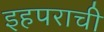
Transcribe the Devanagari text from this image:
इहपराची